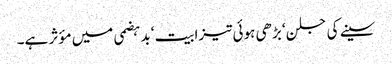
سینے کی جلن‘ بڑھی ہوئی تیزابیت‘ بدہضمی میں مؤثر ہے۔